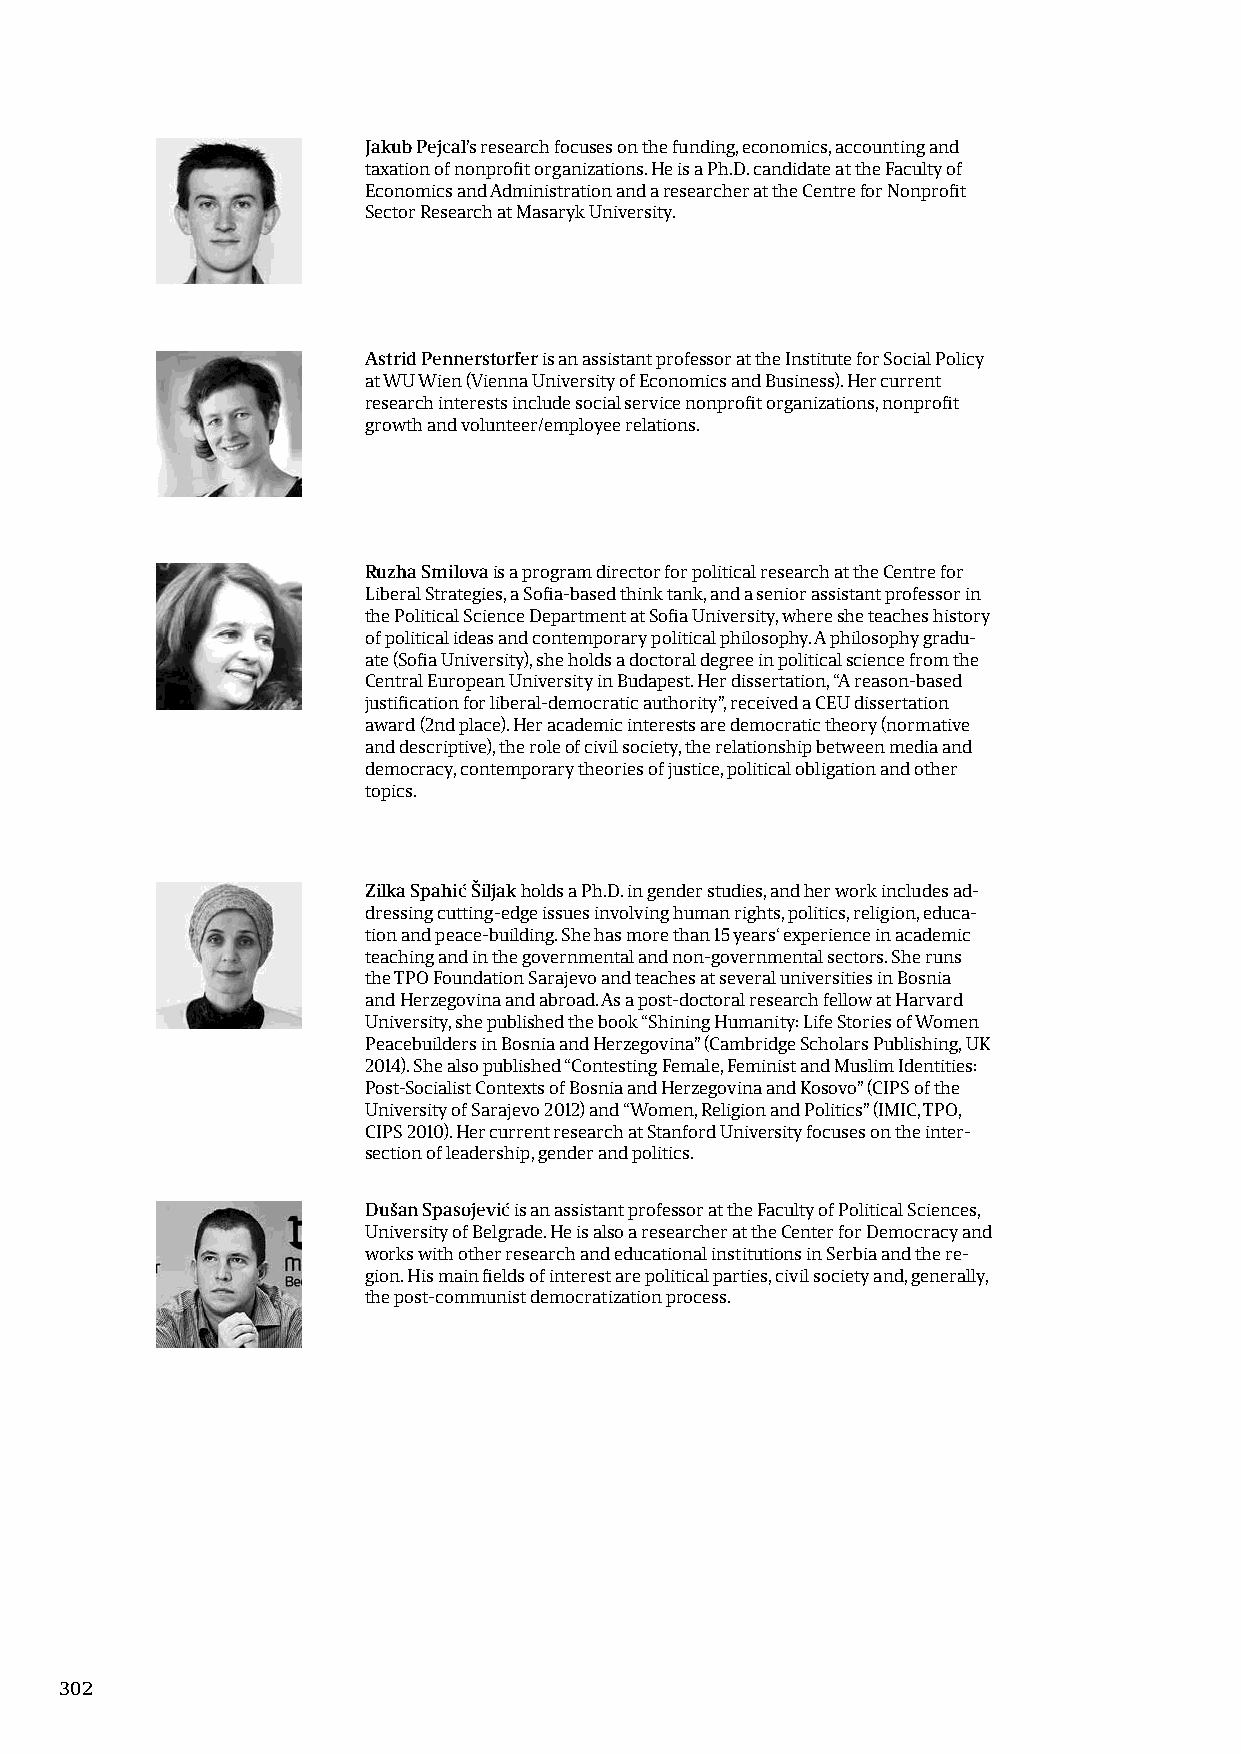
Jakub Pejcal’s research focuses on the funding, economics, accounting and
 taxation of nonprofit organizations. He is a Ph.D. candidate at the Faculty of
 Economics and Administration and a researcher at the Centre for Nonprofit
 Sector Research at Masaryk University.
 Astrid Pennerstorfer is an assistant professor at the Institute for Social Policy
 at WU Wien (Vienna University of Economics and Business). Her current
 research interests include social service nonprofit organizations, nonprofit
 growth and volunteer/employee relations.
 Ruzha Smilova is a program director for political research at the Centre for
 Liberal Strategies, a Sofia-based think tank, and a senior assistant professor in
 the Political Science Department at Sofia University, where she teaches history
 of political ideas and contemporary political philosophy. A philosophy gradu-
 ate (Sofia University), she holds a doctoral degree in political science from the
 Central European University in Budapest. Her dissertation, “A reason-based
 justification for liberal-democratic authority”, received a CEU dissertation
 award (2nd place). Her academic interests are democratic theory (normative
 and descriptive), the role of civil society, the relationship between media and
 democracy, contemporary theories of justice, political obligation and other
 topics.
 Zilka Spahić Šiljak holds a Ph.D. in gender studies, and her work includes ad-
 dressing cutting-edge issues involving human rights, politics, religion, educa-
 tion and peace-building. She has more than 15 years‘ experience in academic
 teaching and in the governmental and non-governmental sectors. She runs
 the TPO Foundation Sarajevo and teaches at several universities in Bosnia
 and Herzegovina and abroad. As a post-doctoral research fellow at Harvard
 University, she published the book “Shining Humanity: Life Stories of Women
 Peacebuilders in Bosnia and Herzegovina” (Cambridge Scholars Publishing, UK
 2014). She also published “Contesting Female, Feminist and Muslim Identities:
 Post-Socialist Contexts of Bosnia and Herzegovina and Kosovo” (CIPS of the
 University of Sarajevo 2012) and “Women, Religion and Politics” (IMIC, TPO,
 CIPS 2010). Her current research at Stanford University focuses on the inter-
 section of leadership, gender and politics.
 Dušan Spasojević is an assistant professor at the Faculty of Political Sciences,
 University of Belgrade. He is also a researcher at the Center for Democracy and
 works with other research and educational institutions in Serbia and the re-
 gion. His main fields of interest are political parties, civil society and, generally,
 the post-communist democratization process.
 302